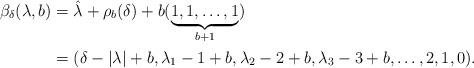
LaTeX: \begin{align*}\beta_\delta(\lambda,b)&=\hat\lambda+\rho_b(\delta)+b(\underbrace{1,1,\dots,1}_{b+1})\\&=(\delta-|\lambda|+b,\lambda_1-1+b,\lambda_2-2+b,\lambda_3-3+b,\dots,2,1,0).\end{align*}